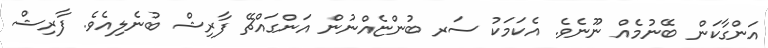
އަންގާކަން ބޭނުމެއް ނޫނެވެ. އެކަމަކު ސަރ ބުންޏެއްނުން އަންގައްޗޭ ފާރިޝް ބުނެލިއެވެ. ފާރިޝް